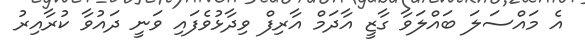
އެ މައްސަލަ ބައްލަވާ ގާޒީ އާދަމް އާރިފް ވިދާޅުވެފައި ވަނީ ދައުވާ ކުރާއިރު